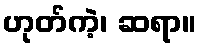
ဟုတ်ကဲ့၊ ဆရာ။